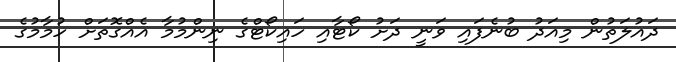
ދައުލަތުން މިއަދު ބުނެފައި ވަނީ ދަށު ކޯޓާއި ހައިކޯޓްގެ ނިންމުމާ އެއްގޮތަށް ހުމާމުގެ